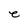
Character: e